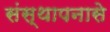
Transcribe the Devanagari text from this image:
संस्थापनासे